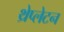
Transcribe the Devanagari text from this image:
थ्रेप्लेटन